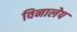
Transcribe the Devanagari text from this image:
विनालेप